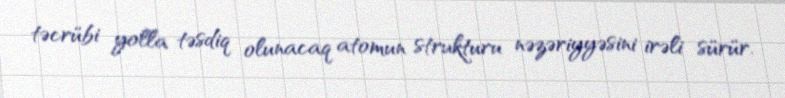
təcrübi yolla təsdiq olunacaq atomun strukturu nəzəriyyəsini irəli sürür.